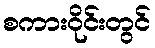
စကားဝိုင်းတွင်